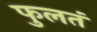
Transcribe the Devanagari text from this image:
फुलतं